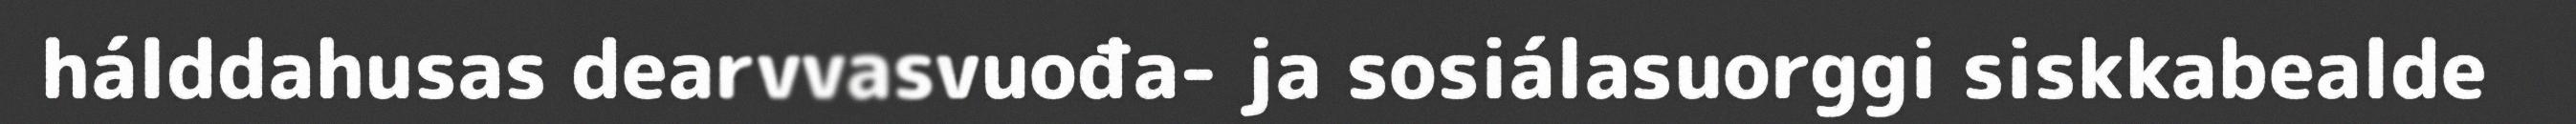
hálddahusas dearvvasvuođa- ja sosiálasuorggi siskkabealde